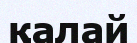
қалай